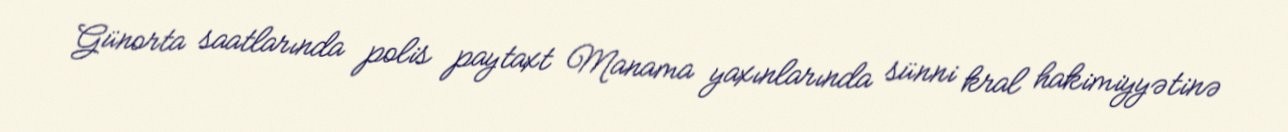
Günorta saatlarında polis paytaxt Manama yaxınlarında sünni kral hakimiyyətinə